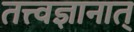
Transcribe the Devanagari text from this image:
तत्त्वज्ञानात्